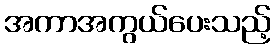
အကာအကွယ်ပေးသည့်